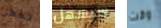
تخطر سيسهل وقت